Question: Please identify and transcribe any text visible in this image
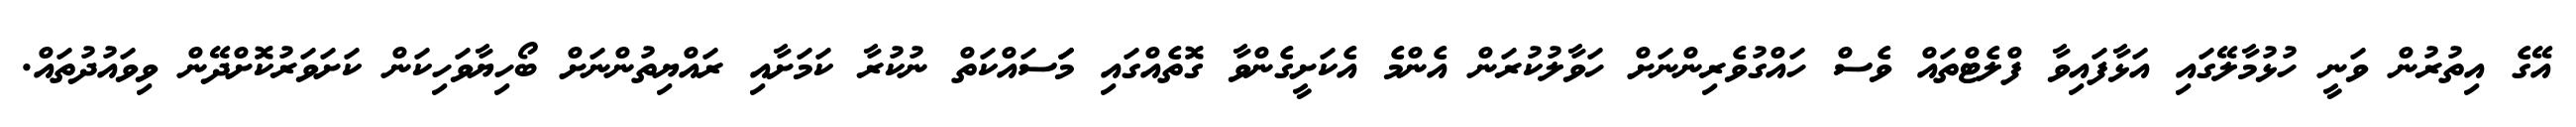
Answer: އޭގެ އިތުރުން ވަނީ ހުޅުމާލޭގައި އަޅާފައިވާ ފްލެޓްތައް ވެސް ހައްގުވެރިންނަށް ހަވާލުކުރަން އެންމެ އެކަށީގެންވާ ގޮތެއްގައި މަަސައްކަތް ނުކުރާ ކަމަށާއި ރައްޔިތުންނަށް ބޯހިޔާވަހިކަން ކަށަވަރުކޮށްދޭން ވިވައުދުތައް.